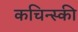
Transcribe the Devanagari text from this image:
कचिन्स्की